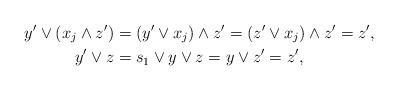
LaTeX: \begin{align*}y'\vee (x_{j}\wedge z') & = (y'\vee x_{j})\wedge z' = (z'\vee x_{j})\wedge z' = z',\quad\\y'\vee z & = s_{1}\vee y\vee z = y\vee z' = z',\end{align*}